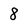
Character: 8